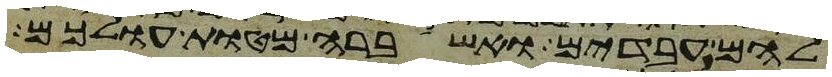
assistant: להם עבדים ואשברה מטות עולכם